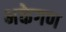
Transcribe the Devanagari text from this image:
भक्तेगण